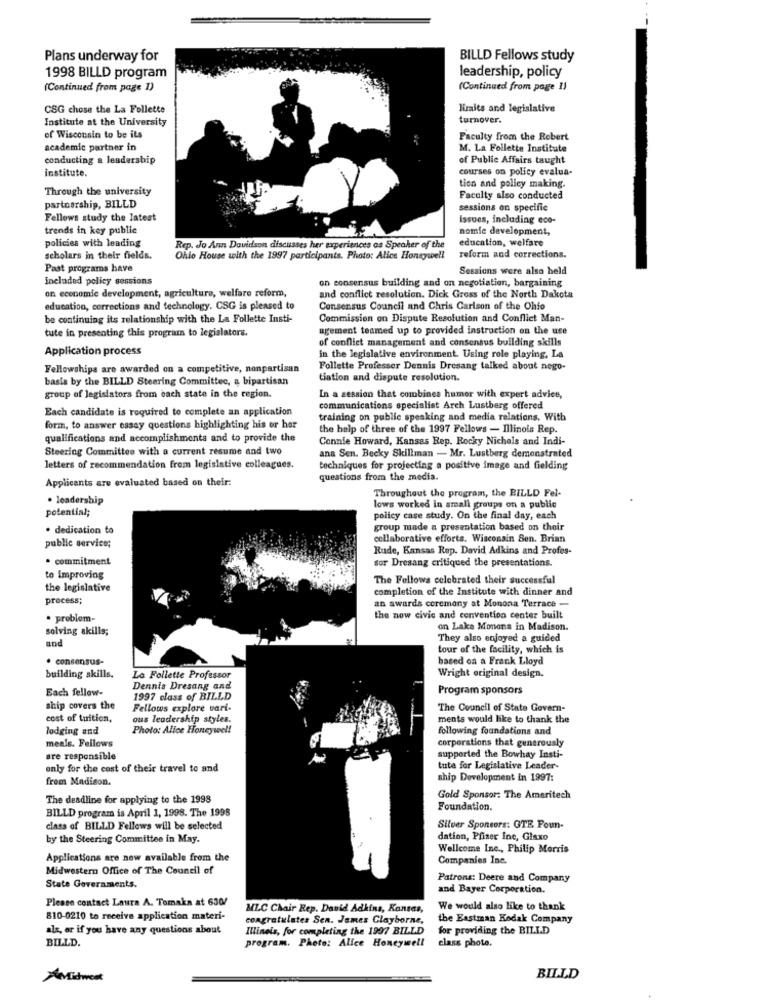
Plans underway for
BILLD Fellows study
leadership, policy
1998 BILLD program
(Continued from page 1)
(Continued from page 1)
CSG chose the La Follette
liaits and legislative
Institute at the University
turnover.
of Wisconsin to be its
Faculty from the Robert
academic partner in
M. La Follette Institute
conducting a leadership
of Public Affairs taught
institute.
courses on policy evalua-
Through the university
tion and policy making.
partnership, BILLD
Faculty also conducted
sessions on specific
Fellows study the latest
Issues, including eco-
trends in key public
nomic development,
policies with leading
education, welfare
Rep. Jo Ann Davidson discusses her experiences os Speaker of the
scholars in their fields.
Ohio House with the 1997 participants. Photo: Alice Honeywell
reform and corrections.
Past programs have
Sessions were also held
included policy sessions
on consensus building and on negotiation, bargaining
on economic development, agriculture, welfare reform,
and conflict resolution. Dick Gross of the North Dakota
education, corrections and technology. CSG is pleased to
Consensus Council and Chris Carlson of the Ohio
be continuing its relationship with the La Follette Insti-
Commission on Dispute Resolution and Conflict Man-
tute in presenting this program to legislators.
agement teamed up to provided instruction on the use
of conflict management and consensus building skills
Application process
in the legislative environment. Using role playing, La
Fellowships are awarded on a competitive, nonpartisan
Follette Professor Dennis Dresang talked about nego-
basis by the BILLD Steering Committee, a bipartisan
tiation and dispute resolution.
group of legislators from each state in the region.
In a session that combines humor with expert advice,
Each candidate is required to complete an application
communications specialist Arch Lustberg offered
training on public speaking and media relations. With
form, to answer essay questions highlighting his or her
the help of three of the 1997 Fellows - Illinois Rep.
qualifications and accomplishments and to provide the
Connie Howard, Kansas Rep. Rocky Nichels and Indi-
Steering Committee with a current resume and two
ana Sen. Becky Skillman - Mr. Lustberg demonstrated
letters of recommendation from legislative colleagues.
techniques for projecting a positive image and fielding
Applicants are evaluated based on their:
questions from the media.
Throughout the program, the BILLD Fel-
· leadership
potential;
lows worked in small groups on a public
policy case study. On the final day, each
· dedication to
group made a presentation based on their
collaborative efforts. Wisconsin Sen. Brian
public service;
Rude, Kansas Rep. David Adkins and Profes-
· commitment
sor Dresang critiqued the presentations.
to improving
The Fellows celebrated their successful
the legislative
completion of the Institute with dinner and
process;
an awards ceremony at Monona Terrace -
· problem-
the now civic and convention center built
solving skills;
on Lake Monona in Madison.
and
They also enjoyed a guided
tour of the facility, which is
. consensus-
based on a Frank Lloyd
building skills.
La Follette Professor
Wright original design.
Each fellow-
Dennis Dresang and
Program sponsors
1997 class of BILLD
ship covers the
Fellows explore vari-
The Council of State Govern-
cost of tuition,
ous leadership styles.
ments would like to thank the
lodging and
Photo: Alice Honeywel!
following foundations and
meals. Fellows
corporations that generously
are responsible
supported the Bowhay Insti-
only for the cost of their travel to and
tute for Legislative Leader-
from Madison.
ship Development In 1997:
The deadline for applying to the 1998
Gold Sponsor: The Ameritech
BILLD program is April 1, 1998. The 1995
Foundation.
class of BILLD Fellows will be selected
Silver Sponsors: GTE Poun-
by the Steering Committee in May.
dation, Pfizer Ine, Glaxo
Wellcome Inc ., Philip Morris
Applications are now available from the
Companies Inc.
Midwestern Office of The Council of
Patrons: Deere and Company
State Governments.
and Bayer Corporation.
Please contact Laura A. Tomaka at 630/
MLC Chair Rep. David Adkins, Kansas,
We would also like to thank
810-0210 to receive application materi-
congratulates Sen. James Clayborne,
the Eastman Kodak Company
als, or if you have any questions about
Illinois, for completing the 1997 BILLD
for providing the BILLD
BILLD.
program. Photo: Alice Honeywell
class photo.
AMidwest
BILLD